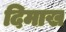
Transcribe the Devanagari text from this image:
दिमाख